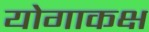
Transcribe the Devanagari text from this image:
योगाकक्ष